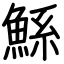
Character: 鯀